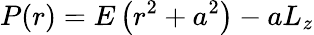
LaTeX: P(r)=E\left(r^{2}+a^{2}\right)-aL_{z}